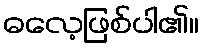
ဓလေ့ဖြစ်ပါ၏။